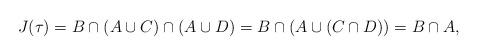
LaTeX: \begin{align*}J( \tau ) = B \cap (A \cup C) \cap (A \cup D) = B \cap (A \cup (C \cap D) )= B \cap A,\end{align*}